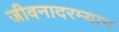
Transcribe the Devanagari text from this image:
जीवनादरम्यान